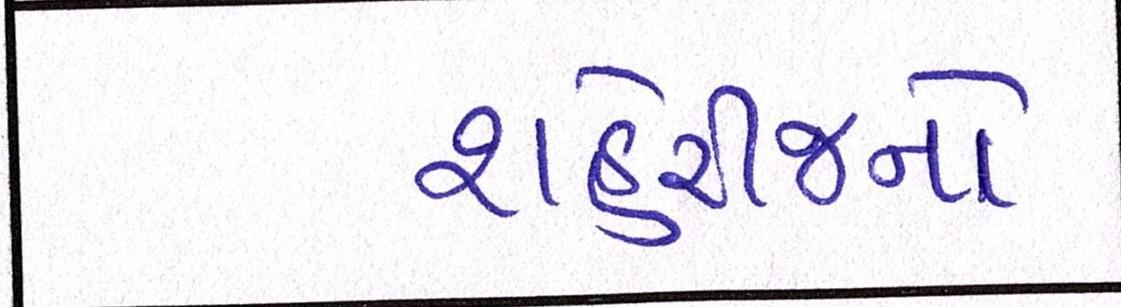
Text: શહેરીજનો